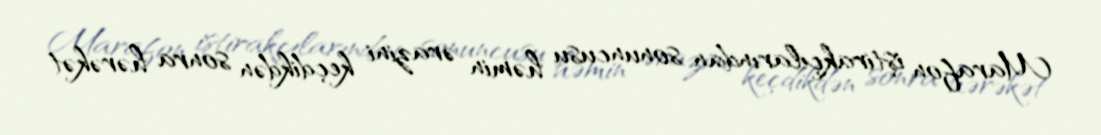
Marafon iştirakçılarından sonuncusu həmin ərazini keçdikdən sonra hərəkət